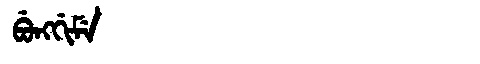
Manchu: ᠪᡠᠩᡤᡳᠮᡝ
Romanization: BUNGGIME